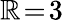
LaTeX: \mathbb{R}\! =\! 3